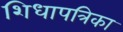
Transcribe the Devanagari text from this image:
शिधापत्रिका